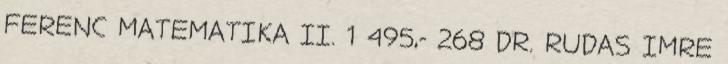
FERENC MATEMATIKA II. 1 495,- 268 DR. RUDAS IMRE